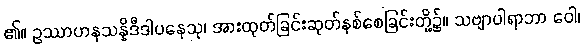
၏။ ဥဿာဟနသန္နိဒီဒါပနေသု၊ အားထုတ်ခြင်းဆုတ်နစ်စေခြင်းတို့၌။ သဗျာပါရာဘာ ဝေါ၊